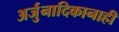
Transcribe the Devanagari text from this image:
अर्जुनादिकानाही